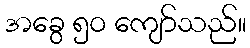
အခွေ ၅၀ ကျော်သည်။